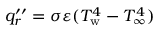
q _ { r } ^ { \prime \prime } = \sigma \varepsilon ( T _ { \mathrm { w } } ^ { 4 } - T _ { \infty } ^ { 4 } )